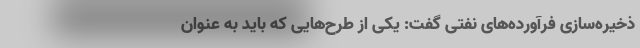
ذخیره‌سازی فرآورده‌های نفتی گفت: یکی از طرح‌هایی که باید به عنوان